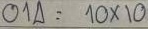
014 = 10 x 10